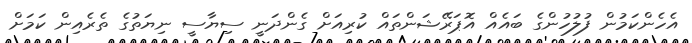
އެހެންކަމުން ފުލުހުންގެ ބައެއް އޮޕަރޭޝަންތައް ކުރިއަށް ގެންދަނީ ސިޔާސީ ނިޔަތުގެ ތެރެއިން ކަމަށް